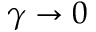
\gamma \to 0